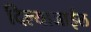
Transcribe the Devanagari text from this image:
दिल्याजाईल